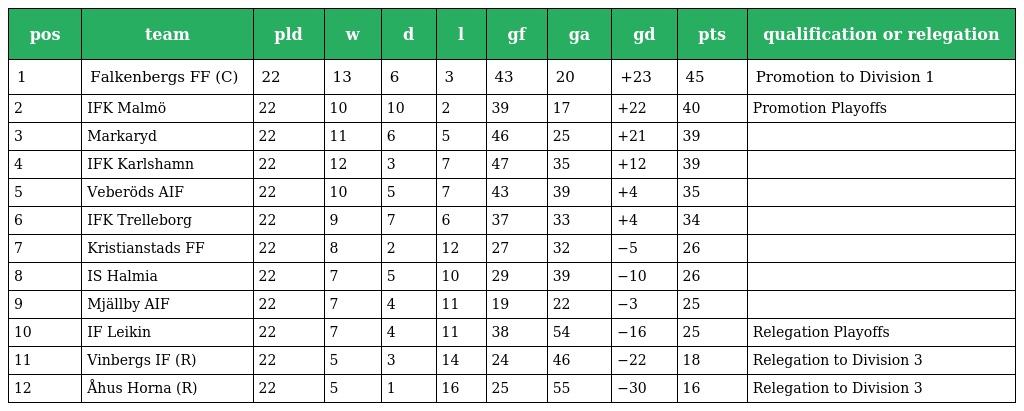
| pos | team | pld | w | d | l | gf | ga | gd | pts | qualification or relegation |
 | --- | --- | --- | --- | --- | --- | --- | --- | --- | --- | --- |
 | 1 | Falkenbergs FF (C) | 22 | 13 | 6 | 3 | 43 | 20 | +23 | 45 | Promotion to Division 1 |
 | 2 | IFK Malmö | 22 | 10 | 10 | 2 | 39 | 17 | +22 | 40 | Promotion Playoffs |
 | 3 | Markaryd | 22 | 11 | 6 | 5 | 46 | 25 | +21 | 39 |  |
 | 4 | IFK Karlshamn | 22 | 12 | 3 | 7 | 47 | 35 | +12 | 39 |  |
 | 5 | Veberöds AIF | 22 | 10 | 5 | 7 | 43 | 39 | +4 | 35 |  |
 | 6 | IFK Trelleborg | 22 | 9 | 7 | 6 | 37 | 33 | +4 | 34 |  |
 | 7 | Kristianstads FF | 22 | 8 | 2 | 12 | 27 | 32 | −5 | 26 |  |
 | 8 | IS Halmia | 22 | 7 | 5 | 10 | 29 | 39 | −10 | 26 |  |
 | 9 | Mjällby AIF | 22 | 7 | 4 | 11 | 19 | 22 | −3 | 25 |  |
 | 10 | IF Leikin | 22 | 7 | 4 | 11 | 38 | 54 | −16 | 25 | Relegation Playoffs |
 | 11 | Vinbergs IF (R) | 22 | 5 | 3 | 14 | 24 | 46 | −22 | 18 | Relegation to Division 3 |
 | 12 | Åhus Horna (R) | 22 | 5 | 1 | 16 | 25 | 55 | −30 | 16 | Relegation to Division 3 |